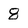
Character: 8